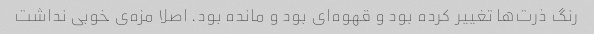
رنگ ذرت‌ها تغییر کرده بود و قهوه‌ای بود و مانده بود. اصلا مزه‌ی خوبی نداشت